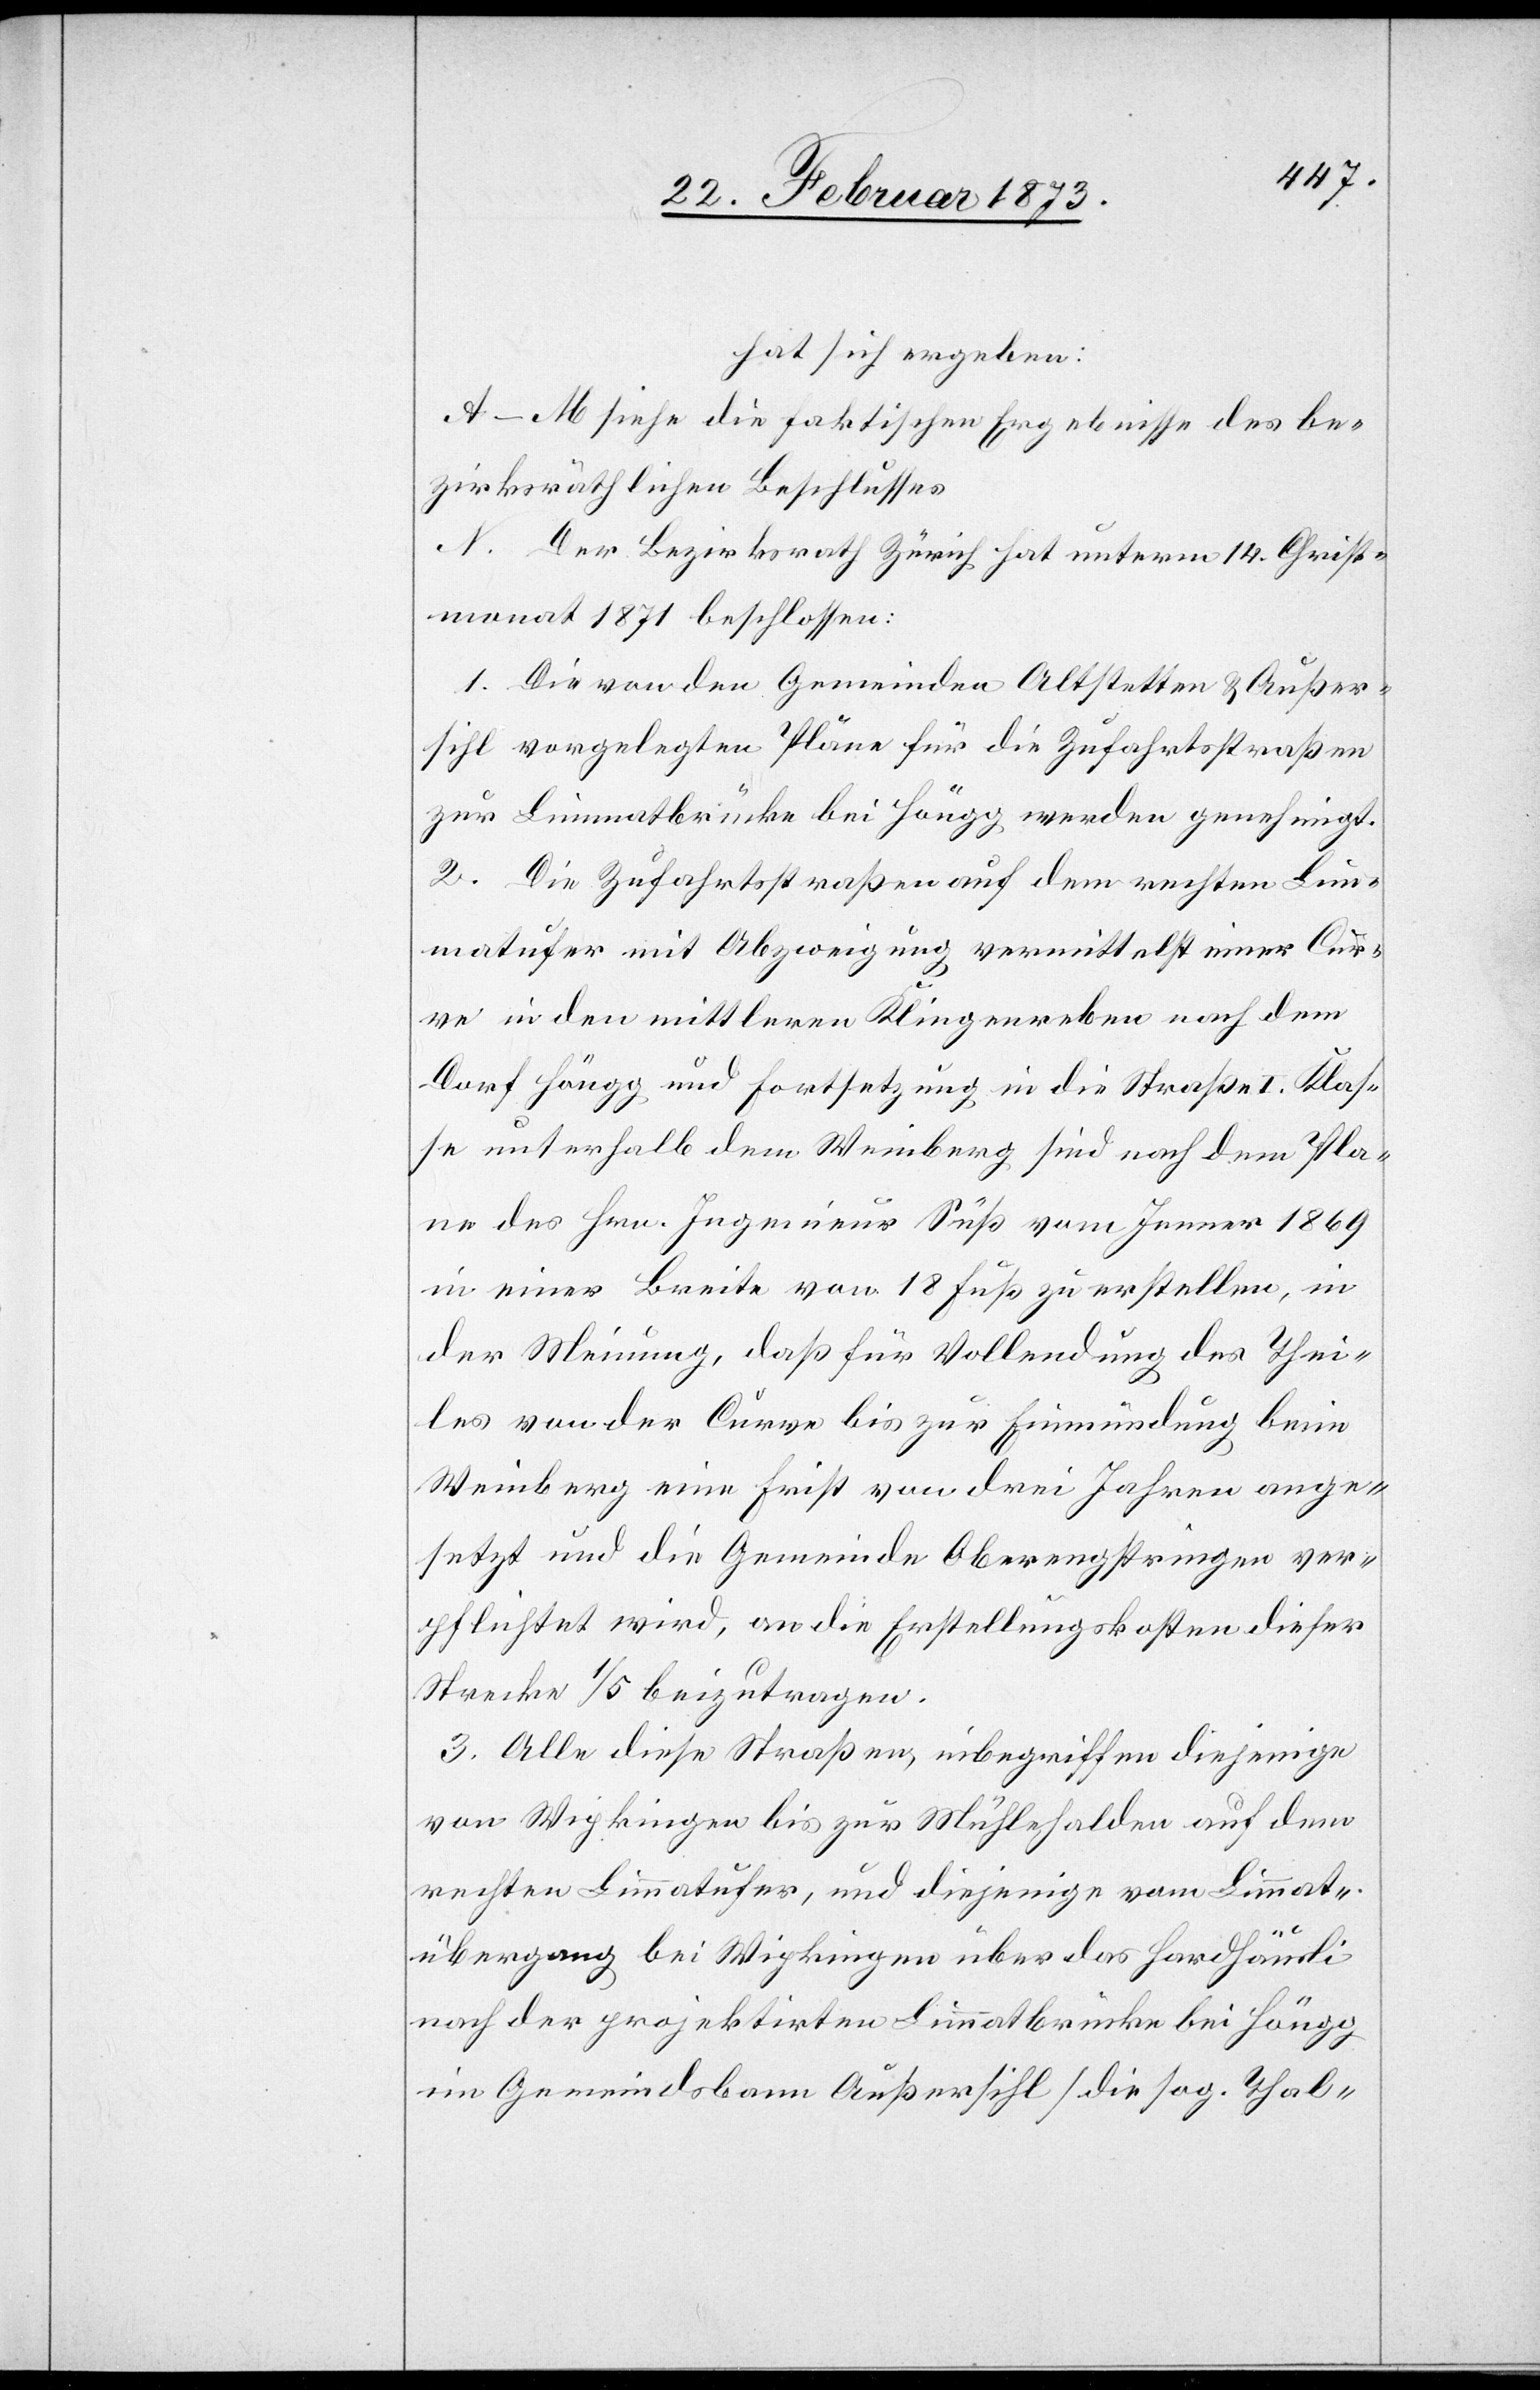
hat sich ergeben:
A–M siehe die faktischen Ergebnisse des be¬
zirksräthlichen Beschlusses
N. Der Bezirksrath Zürich hat unterm 14. Christ¬
monat 1871 beschlossen:
1. Die von den Gemeinden Altstetten u. Außer¬
sihl vorgelegten Pläne für die Zufahrtsstraßen
zur Limmatbrücke bei Höngg werden genehmigt.
2. Die Zufahrtsstraßen auf dem rechten Lim¬
matufer mit Abzweigung vermittelst einer Cur¬
ve in den mittleren Klingenreben nach dem
Dorf Höngg und Fortsetzung in die Straße I. Klas¬
se unterhalb dem Weinberg sind nach dem Pla¬
ne des Hrn. Ingenieur Süß vom Jenner 1869
in einer Breite von 18 Fuß zu erstellen, in
der Meinung, daß für Vollendung des Thei¬
les von der Curve bis zur Einmündung beim
Weinberg eine Frist von drei Jahren ange¬
setzt und die Gemeinde Oberengstringen ver¬
pflichtet wird, an die Erstellungskosten dieser
Strecke 1/5 beizutragen.
3. Alle diese Straßen, inbegriffen diejenige
von Wipkingen bis zur Mühlehalden auf dem
rechten Limmatufer, und diejenige vom Limmat¬
übergang bei Wipkingen über das Hardhäusli
nach der projektirten Limmatbrücke bei Höngg
im Gemeindsbann Außersihl [die sog. Thal-